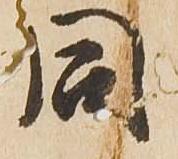
同